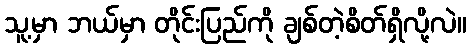
သူ့မှာ ဘယ်မှာ တိုင်းပြည်ကို ချစ်တဲ့စိတ်ရှိလို့လဲ။